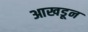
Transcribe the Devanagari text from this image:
आखडून